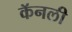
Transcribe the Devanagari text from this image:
कॅनली